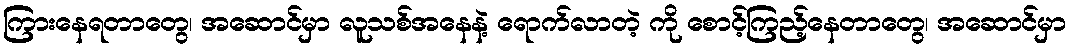
ကြားနေရတာတွေ၊ အဆောင်မှာ လူသစ်အနေနဲ့ ရောက်လာတဲ့ ကို စောင့်ကြည့်နေတာတွေ၊ အဆောင်မှာ